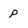
Character: p